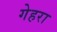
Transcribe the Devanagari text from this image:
गेहरा